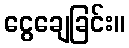
ငွေချေခြင်း။